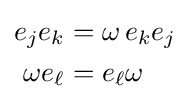
{\begin{aligned}e_{j}e_{k}&=\omega \,e_{k}e_{j}\,\\\omega e_{\ell }&=e_{\ell }\omega \,\end{aligned}}